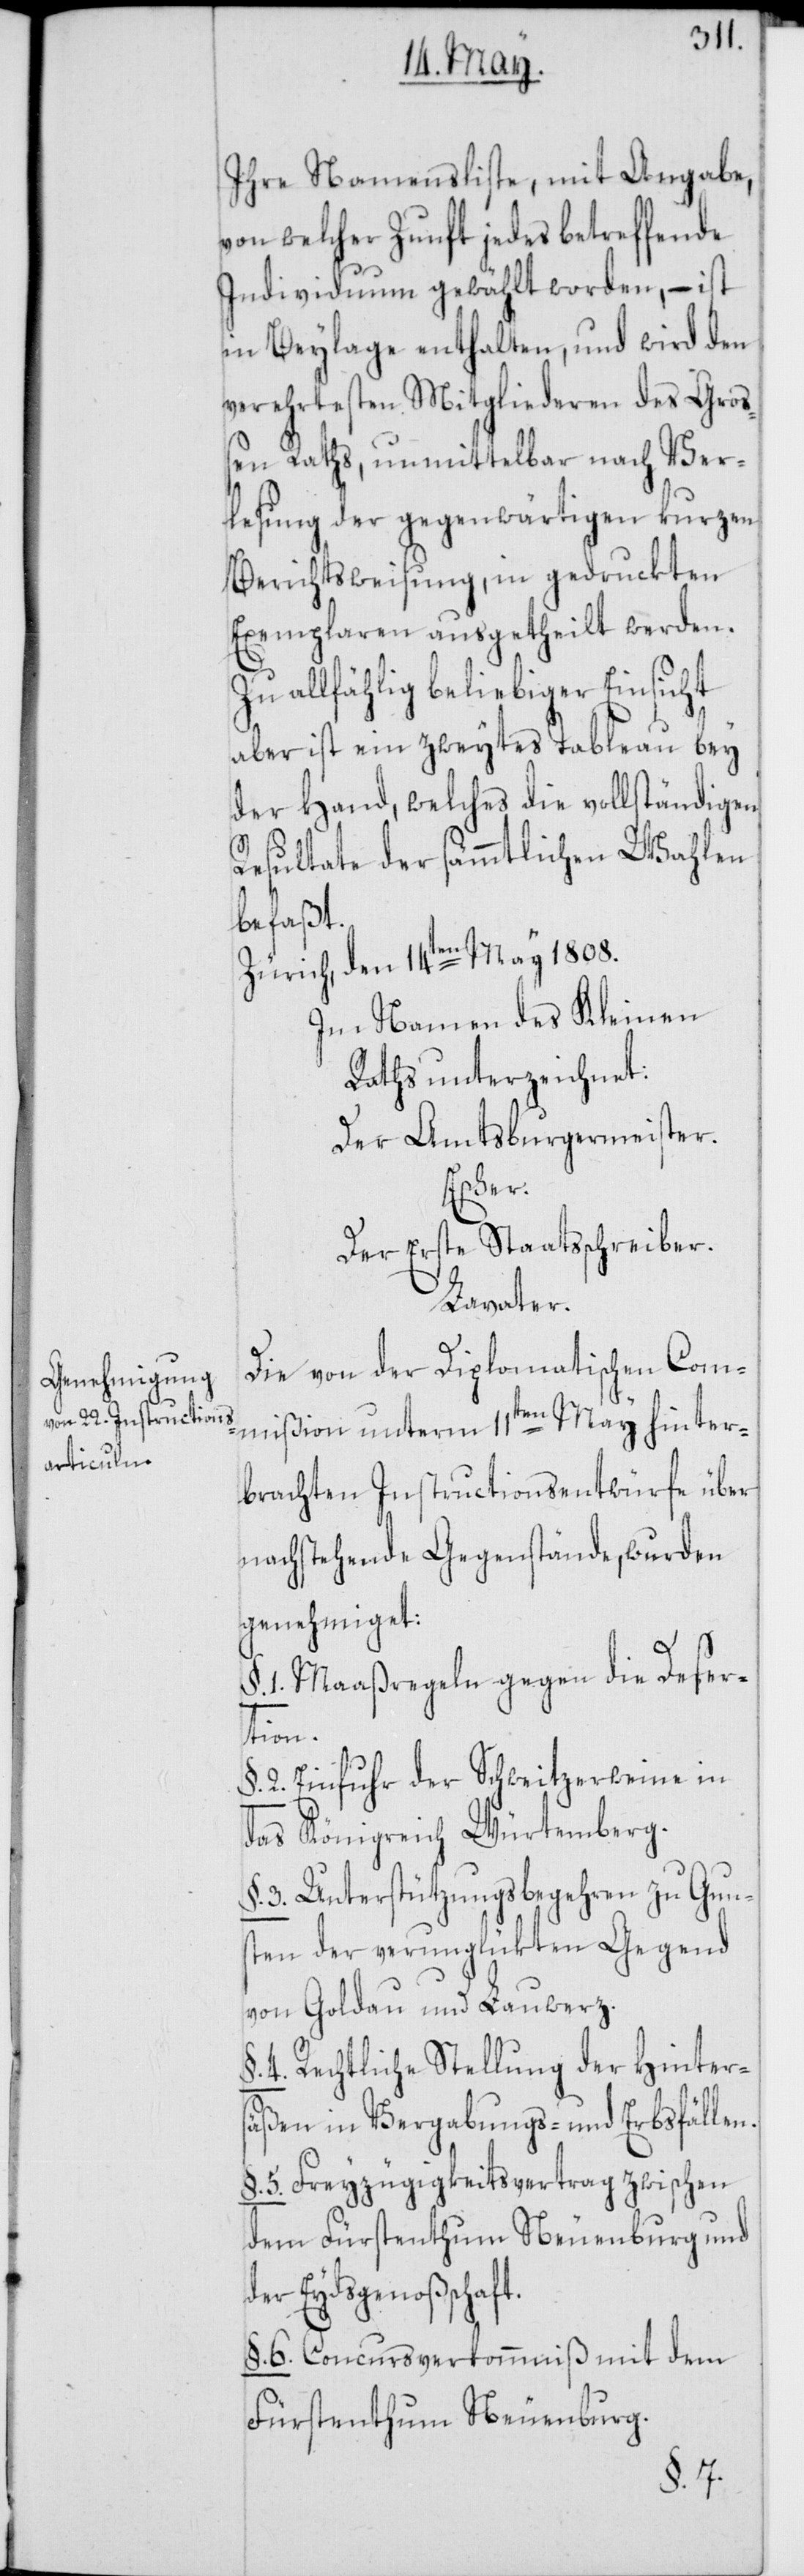
Ihre Namensliste, mit Angabe,
von welcher Zunft jedes betreffende
Individuum gewählt worden, – ist
in Beylage enthalten, und wird den
verehrtesten Mitgliederen des Gro¬
ßen Raths, unmittelbar nach Ver¬
lesung der gegenwärtigen kurzen
Berichtsweisung, in gedruckten
Exemplaren ausgetheilt werden.
Zu allfählig beliebiger Einsicht
aber ist ein zweytes Tableau bey
der Hand, welches die vollständigen
Resultate der sämmtlichen Wahlen
befaßt.
Zürich, den 14ten May 1808.
Im Namen des Kleinen
Raths unterzeichnet:
Der Amtsburgermeister.
Escher.
Der Erste Staatsschreiber.
Lavater.
Die von der Diplomatischen Com¬
mißion unterm 11ten May hinter¬
brachten Instructionsentwürfe über
nachstehende Gegenstände, wurden
genehmiget:
§. 1. Maaßregeln gegen die Deser¬
tion.
§. 2. Einfuhr der Schweitzerweine in
das Königreich Würtemberg.
§. 3. Unterstützungsbegehren zu Guns¬
ten der verunglükten Gegend
von Goldau und Lauwerz.
4. Rechtliche Stellung der Hinters¬
äßen in Vergabungs- und Erbsfällen.
§. 5. Freyzügigkeitsvertrag zwischen
dem Fürstenthum Neuenburg und
der Eydsgenoßenschaft.
§. 6. Concursverkommnis mit dem
Fürstenthum Neuenburg.